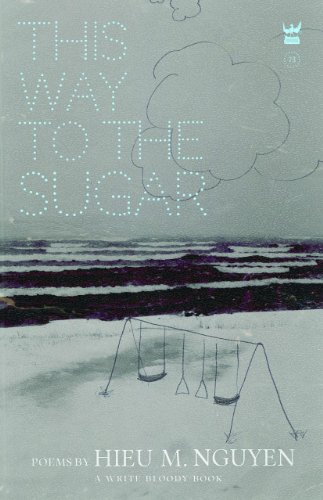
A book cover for This Way to the Sugar; Hieu Minh Nguyen; Gay & Lesbian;